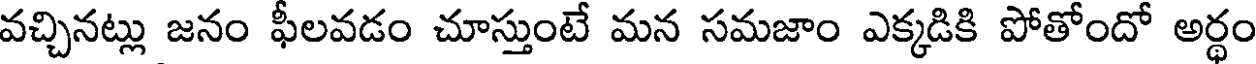
వచ్చినట్లు జనం ఫీలవడం చూస్తుంటే మన సమజాం ఎక్కడికి పోతోందో అర్థం